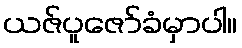
ယဇ်ပူဇော်ခံမှာပါ။